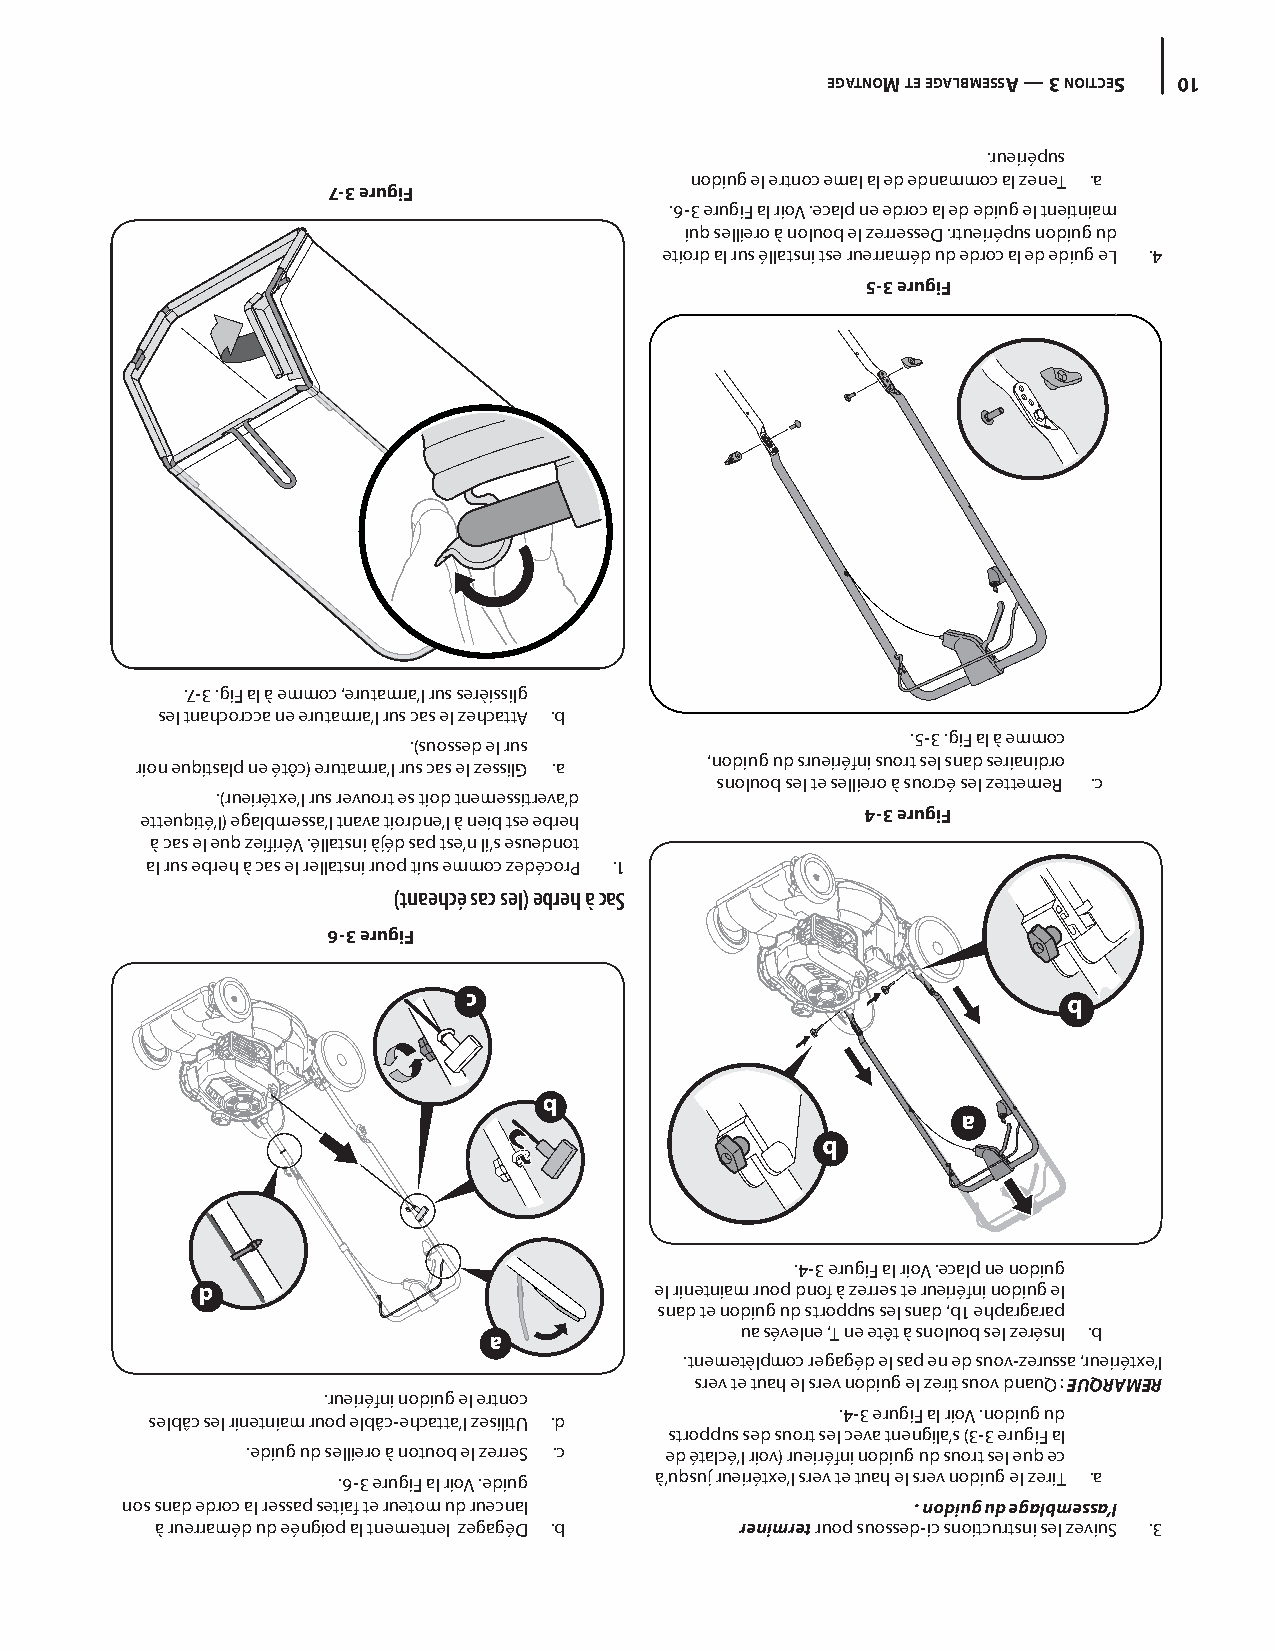
EGATNOM TE EGALBMESSA — 3 NOITCES 01
 .rueirépus
 nodiug el ertnoc emal al ed ednammoc al zeneT .a
 7-3 erugiF
 .6-3 erugiF al rioV .ecalp ne edroc al ed ediug el tneitniam
 iuq selliero à noluob el zerresseD .rtueirépus nodiug ud
 etiord al rus éllatsni tse ruerraméd ud edroc al ed ediug eL .4
 5-3 erugiF
 .7-3 .giF al à emmoc ,erutamra’l rus serèissilg
 sel tnahcorcca ne erutamra’l rus cas el zehcattA .b
 .5-3 .giF al à emmoc
 .)suossed el rus
 ,nodiug ud srueiréfni suort sel snad serianidro
 rion euqitsalp ne étôc( erutamra’l rus cas el zessilG .a
 snoluob sel te selliero à suorcé sel zettemeR .c
 .)rueirétxe’l rus revuort es tiod tnemessitreva’d
 4-3 erugiF
 etteuqité’l( egalbmessa’l tnava tiordne’l à neib tse ebreh
 à cas el euq zeifiréV .éllatsni àjéd sap tse’n li’s esuednot
 al rus ebreh à cas el rellatsni ruop tius emmoc zedécorP .1
 )tnaehcé sac sel( ebreh à caS
 6-3 erugiF
 c                                       b
 b
 a
 b
 .4-3 erugiF al rioV .ecalp ne nodiug
 d                             el rinetniam ruop dnof à zerres te rueiréfni nodiug el
 snad te nodiug ud stroppus sel snad ,b1 ehpargarap
 ua sévelne ,T ne etêt à snoluob sel zerésnI .b
 a
 .tnemetèlpmoc regagéd el sap en ed suov-zerussa ,rueirétxe’l
 srev te tuah el srev nodiug el zerit suov dnauQ : EUQRAMER
 .rueiréfni nodiug el ertnoc
 .4-3 erugiF al rioV .nodiug ud
 selbâc sel rinetniam ruop elbâc-ehcatta’l zesilitU .d
 stroppus sed suort sel ceva tnengila’s )3-3 erugiF al
 .ediug ud selliero à notuob el zerreS .c ed étalcé’l riov( rueiréfni nodiug ud suort sel euq ec
 à’uqsuj rueirétxe’l srev te tuah el srev nodiug el zeriT .a
 .6-3 erugiF al rioV .ediug
 nos snad edroc al ressap setiaf te ruetom ud ruecnal . nodiug ud egalbmessa’l
 à ruerraméd ud eéngiop al tnemetnel zegagéD .b renimret ruop suossed-ic snoitcurtsni sel zeviuS .3